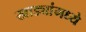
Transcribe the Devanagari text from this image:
खाड्यांमध्ये